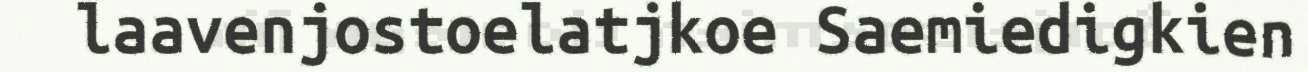
laavenjostoelatjkoe Saemiedigkien